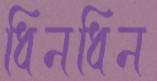
ধিনধিন